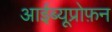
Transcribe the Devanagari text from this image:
आईब्यूप्रोफ़न